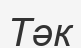
Тәк